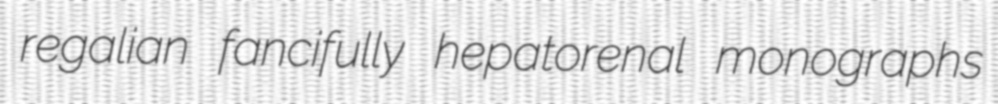
regalian fancifully hepatorenal monographs